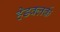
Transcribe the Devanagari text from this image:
हेडक्लर्क